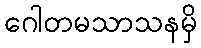
ဂေါတမသာသနမှိ